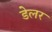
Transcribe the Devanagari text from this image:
डेलर